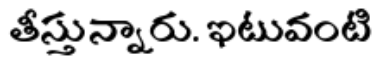
తీస్తున్నారు. ఇటువంటి